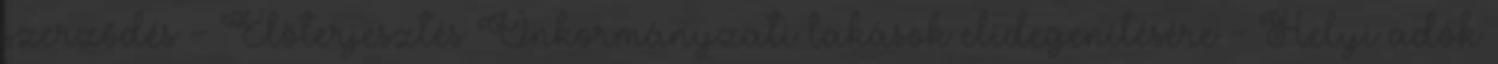
szerződés - Előterjesztés Önkormányzati lakások elidegenítésére - Helyi adók